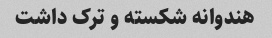
هندوانه شکسته و ترک داشت